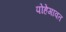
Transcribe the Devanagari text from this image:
पोहेगावत